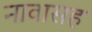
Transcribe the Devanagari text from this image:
नावासह